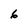
Character: 6